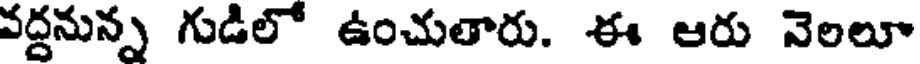
వద్దనున్న గుడిలో ఉంచుతారు. ఈ ఆరు నెలలూ